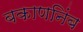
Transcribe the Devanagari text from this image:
बकाणनिंब